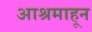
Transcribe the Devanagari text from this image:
आश्रमाहून